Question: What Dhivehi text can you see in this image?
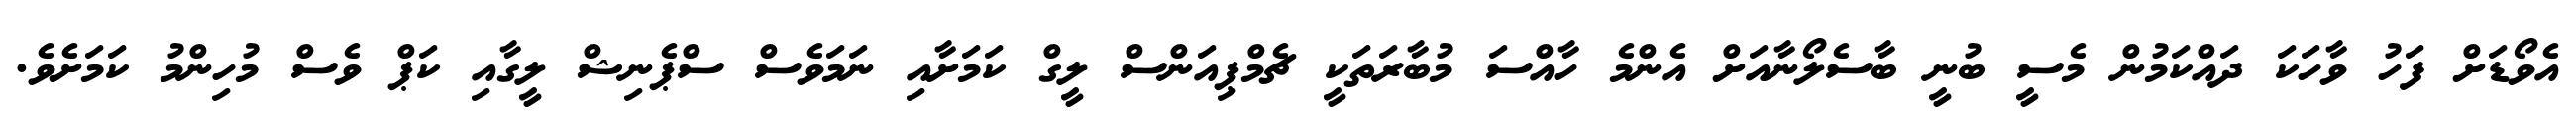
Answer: އެވޯޑަށް ފަހު ވާހަކަ ދައްކަމުން މެސީ ބުނީ ބާސެލޯނާއަށް އެންމެ ހާއްސަ މުބާރަތަކީ ޗެމްޕިއަންސް ލީގް ކަމަށާއި ނަމަވެސް ސްޕެނިޝް ލީގާއި ކަޕް ވެސް މުހިންމު ކަމަށެވެ.